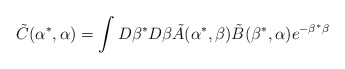
\begin{align*}\tilde{C}(\alpha^*,\alpha) = \int D \beta^* D \beta \tilde{A}(\alpha^*,\beta)\tilde{B}(\beta^*,\alpha) e^{- \beta^* \beta}\end{align*}